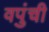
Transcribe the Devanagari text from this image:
वपुंची